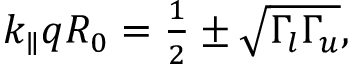
\begin{array} { r } { k _ { \parallel } q R _ { 0 } = \frac { 1 } { 2 } \pm \sqrt { \Gamma _ { l } \Gamma _ { u } } , } \end{array}